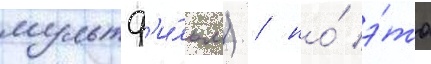
мультф'и́льм) / но́ э́то